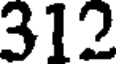
312